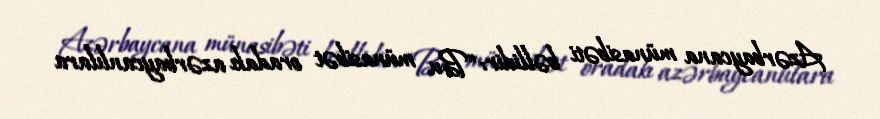
Azərbaycana münasibəti bəllidir: “Bu münasibət oradakı azərbaycanlılara